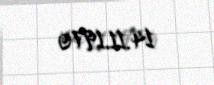
14.11.1970